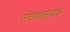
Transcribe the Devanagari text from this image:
संख्यासूचक